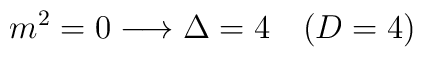
m^2=0 \longrightarrow \Delta = 4 \quad (D = 4)